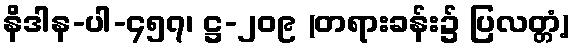
နိဒါန-ပါ-၄၅၇၊ ဋ္ဌ-၂၀၉ (တရားခန်း၌ ပြလတ္တံ့)